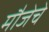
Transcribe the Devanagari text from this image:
मौजेचे